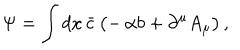
\Psi = \int d x \, \bar { c } \, \bigl ( - \, \alpha b + \partial ^ { \mu } A _ { \mu } \bigr ) \, ,